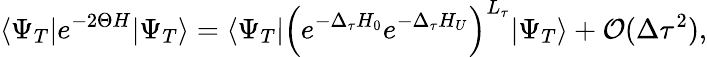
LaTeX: \langle\Psi_{T}|e^{-2\Theta H}|\Psi_{T}\rangle=\langle\Psi_{T}|\left(e^{-\Delta_{\tau}H_{0}}e^{-\Delta_{\tau}H_{U}}\right)^{L_{\tau}}|\Psi_{T}\rangle+\mathcal{O}(\Delta{\tau}^{2}),